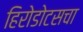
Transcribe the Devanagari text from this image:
हिरोडोटसचा